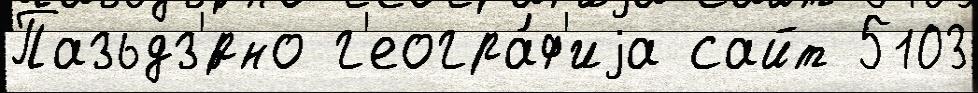
Пазьдз'́рно г'еогра́ф'иjа сайт 5103